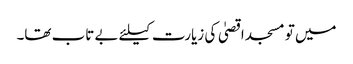
میں تو مسجد اقصیٰ کی زیارت کیلئے بے تاب تھا۔